Document type: Sale
Year: 1290
Scribe: Miquel Rotllan
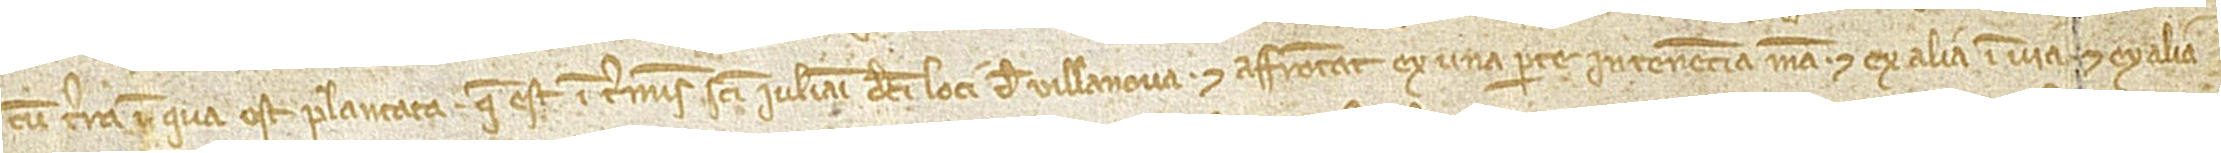
cum terra in qua est plantata, que est in terminis Sancti Iuliani dicti loci de Villanova; et affrontat ex una parte in tenencia mea, et ex alia in via, et ex alia